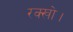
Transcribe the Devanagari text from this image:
रक्खो।